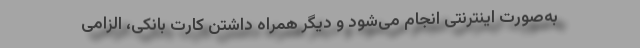
به‌صورت اینترنتی انجام می‌شود و دیگر همراه داشتن کارت بانکی، الزامی